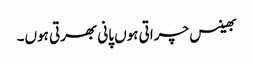
بھینس چراتی ہوں پانی بھرتی ہوں۔